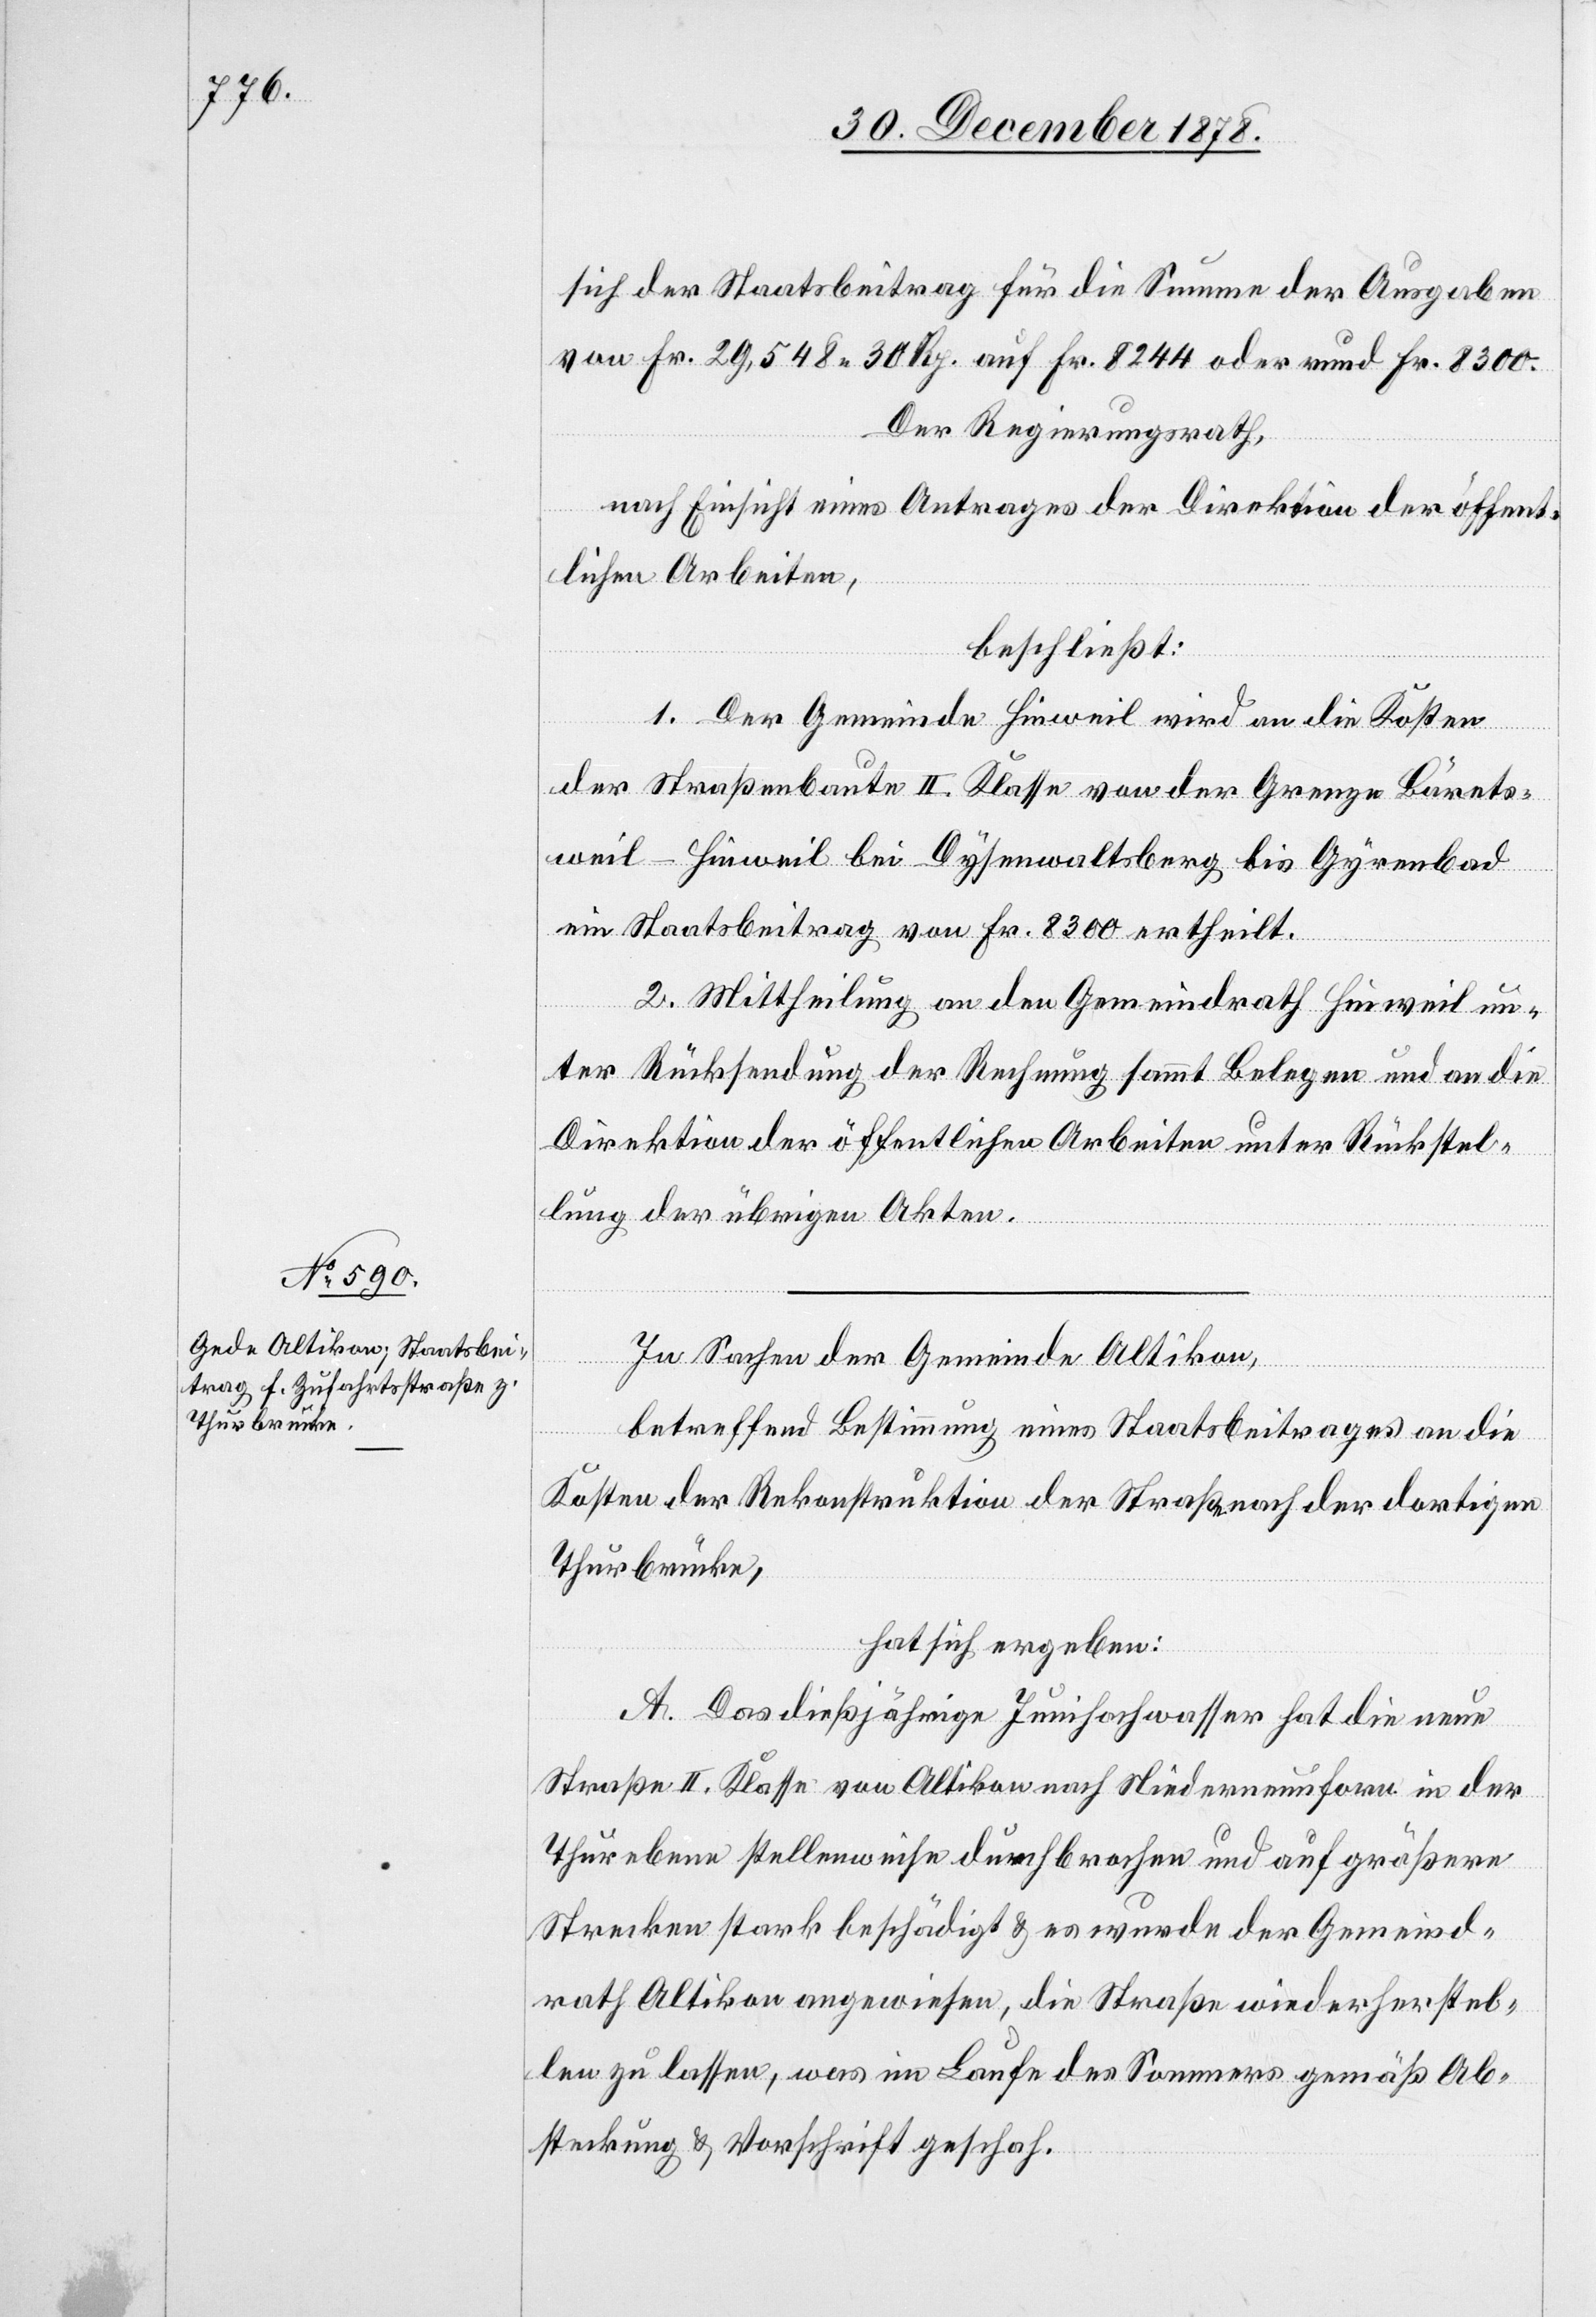
sich der Staatsbeitrag für die Summe der Ausgaben
von Fr. 29,548 30 Rp. auf Fr. 8244 oder rund Fr. 8300.
Der Regierungsrath,
nach Einsicht eines Antrages der Direktion der öffent¬
lichen Arbeiten,
beschließt:
1. Der Gemeinde Hinweil wird an die Kosten
der Straßenbaute II. Klasse von der Grenze Bärets¬
weil–Hinweil bei Dysenwaltsberg bis Gyrenbad
ein Staatsbeitrag von Fr. 8300 ertheilt.
2. Mittheilung an den Gemeindrath Hinweil un¬
ter Rücksendung der Rechnung sammt Belegen und an die
Direktion der öffentlichen Arbeiten unter Rückstel¬
lung der übrigen Akten.
In Sachen der Gemeinde Altikon,
betreffend Bestimmung eines Staatsbeitrages an die
Kosten der Rekonstruktion der Straße nach der dortigen
Thurbrücke,
hat sich ergeben:
A. Das dießjährige Junihochwasser hat die neue
Straße II. Klasse von Altikon nach Niederneunforn in der
Thurebene stellenweise durchbrochen und auf größere
Strecken stark beschädigt & es wurde der Gemeind¬
rath Altikon angewiesen, die Straße wiederherstel¬
len zu lassen, was im Laufe des Sommers gemäß Ab¬
steckung & Vorschrift geschah.